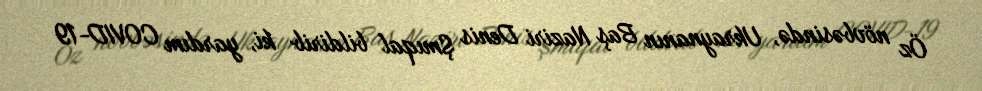
Öz növbəsində, Ukraynanın Baş Naziri Denis Şmıqal bildirib ki, yardım COVID-19